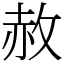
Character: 赦